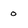
Character: 0